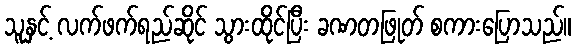
သူနှင့် လက်ဖက်ရည်ဆိုင် သွားထိုင်ပြီး ခဏတဖြုတ် စကားပြောသည်။